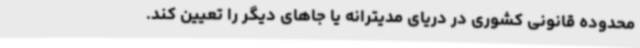
محدوده قانونی کشوری در دریای مدیترانه یا جاهای دیگر را تعیین کند.